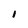
Character: i